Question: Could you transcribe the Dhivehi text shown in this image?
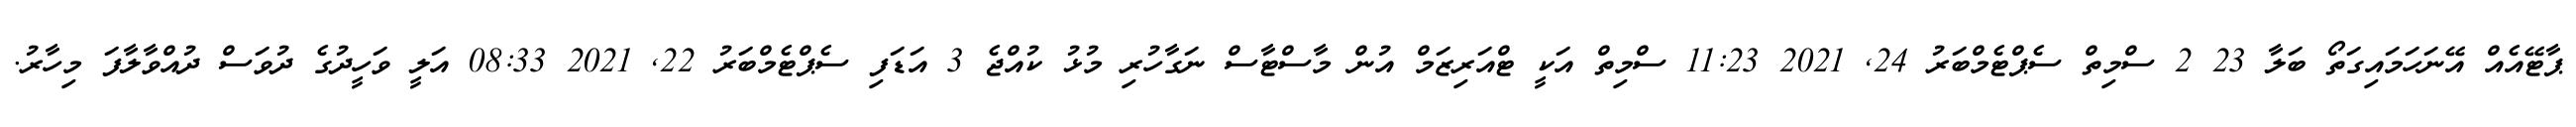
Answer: ޕާޓޭއެއް އޭނަހަމައިގަތޯ ބަލާ 23 2 ސްމިތް ސެޕްޓެމްބަރު 24, 2021 11:23 ސްމިތް އަކީ ޓްއަރިޒަމް އުން މާސްޓާސް ނަގާހުރި މުޅު ކުއްޖެ 3 އަޑަފި ސެޕްޓެމްބަރު 22, 2021 08:33 އަލީ ވަހީދުގެ ދުވަސް ދުއްވާލާފަ މިހާރު.